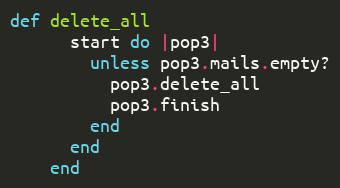
Language: Ruby
def delete_all
      start do |pop3|
        unless pop3.mails.empty?
          pop3.delete_all
          pop3.finish
        end
      end
    end